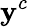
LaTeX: \mathbf{y}^{c}